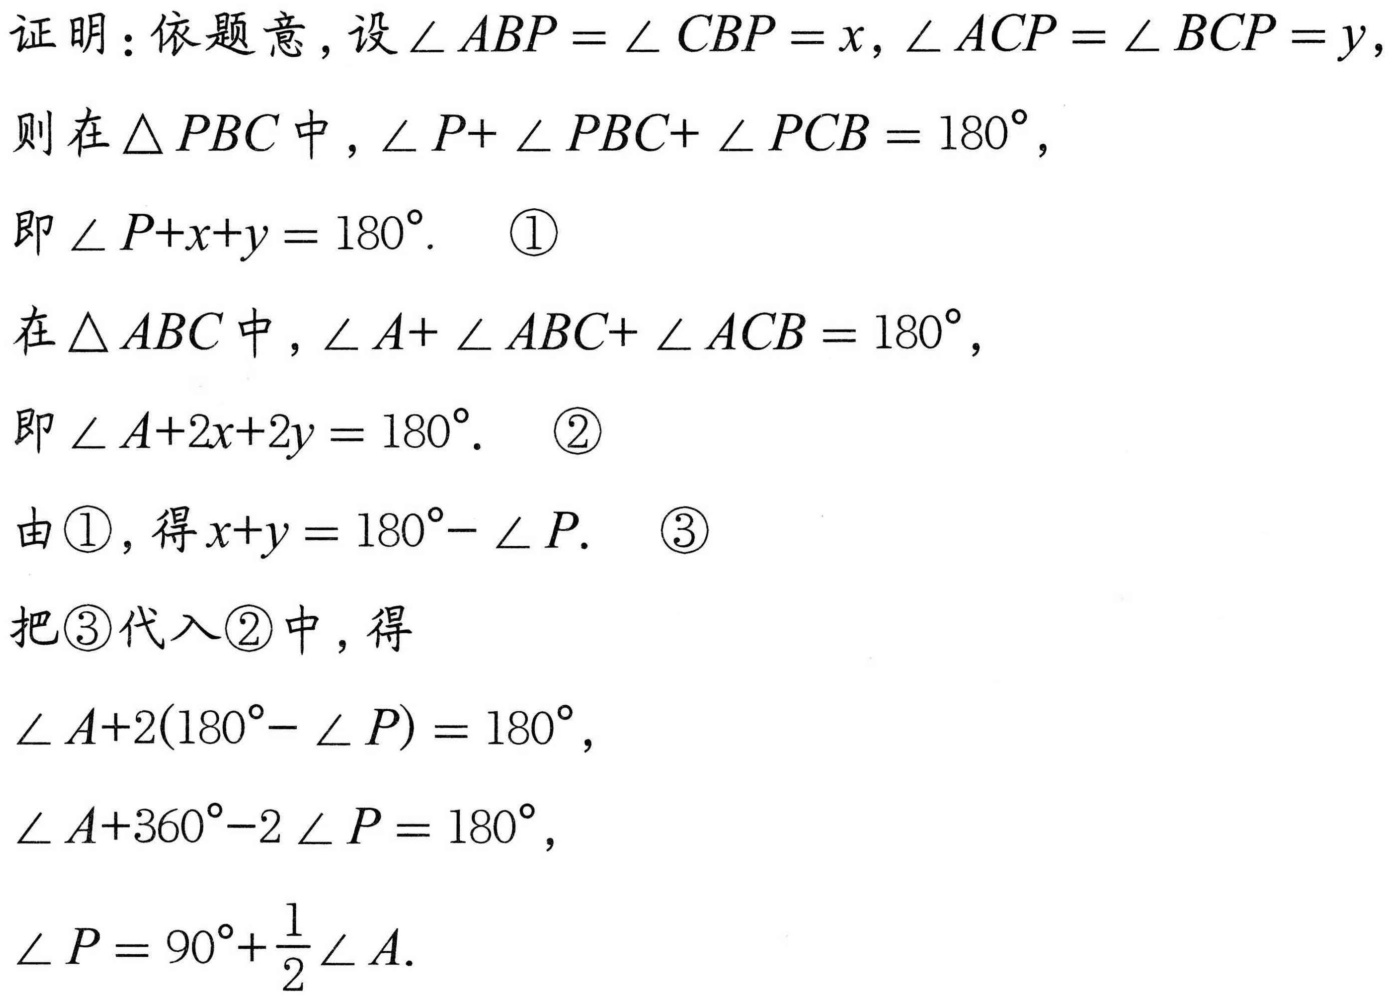
证明：依题意，设\(\angle ABP = \angle CBP = x\)，\(\angle ACP = \angle BCP = y\)，
则在\(\triangle PBC\)中，\(\angle P + \angle PBC + \angle PCB = 180^{\circ}\)，
即\(\angle P + x + y = 180^{\circ}\).  \textcircled{1}
在\(\triangle ABC\)中，\(\angle A + \angle ABC + \angle ACB = 180^{\circ}\)，
即\(\angle A + 2x + 2y = 180^{\circ}\).  \textcircled{2}
由\textcircled{1}，得\(x + y = 180^{\circ}- \angle P\).  \textcircled{3}
把\textcircled{3}代入\textcircled{2}中，得
\(\angle A + 2(180^{\circ}- \angle P) = 180^{\circ}\)，
\(\angle A + 360^{\circ}- 2\angle P = 180^{\circ}\)，
\(\angle P = 90^{\circ}+\frac{1}{2}\angle A\).